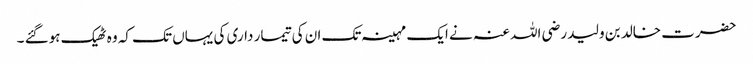
حضرت خالد بن ولید رضی اللہ عنہ نے ایک مہینہ تک ان کی تیمار داری کی یہاں تک کہ وہ ٹھیک ہوگئے ۔